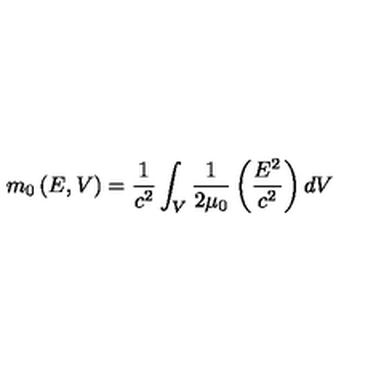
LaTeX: m _ { 0 } \left( E , V \right) = \frac { 1 } { c ^ { 2 } } \int _ { V } \frac { 1 } { 2 \mu _ { 0 } } \left( \frac { E ^ { 2 } } { c ^ { 2 } } \right) d V